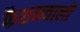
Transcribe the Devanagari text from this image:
फैशनवाली